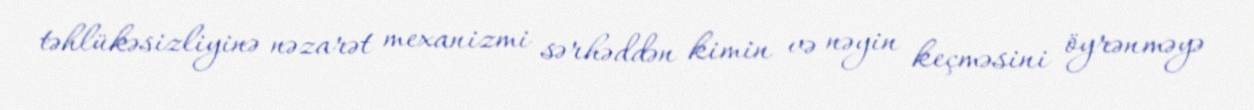
təhlükəsizliyinə nəzarət mexanizmi sərhəddən kimin və nəyin keçməsini öyrənməyə